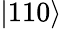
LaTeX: \left|110\right>